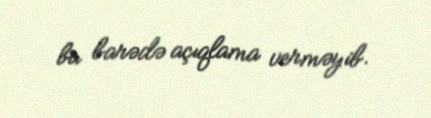
bu barədə açıqlama verməyib.